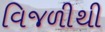
વિજળીથી